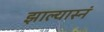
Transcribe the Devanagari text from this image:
झाल्यास्नं